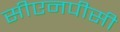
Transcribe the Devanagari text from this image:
सीएनपीसी